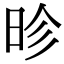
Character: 昣